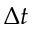
\Delta t